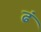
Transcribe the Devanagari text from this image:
ढं